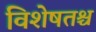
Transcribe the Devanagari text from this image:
विशेषतश्च